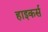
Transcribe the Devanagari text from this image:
हाइकर्स